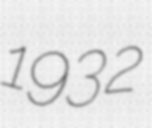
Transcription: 1932